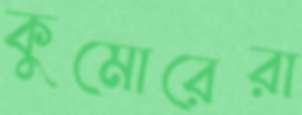
কুমোরেরা